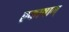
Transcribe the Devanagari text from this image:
एकाषाम्